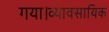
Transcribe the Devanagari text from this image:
गया।व्यावसायिक